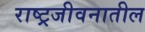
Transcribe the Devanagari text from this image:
राष्ट्रजीवनातील